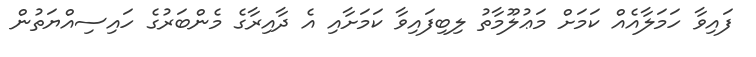
ފައިވާ ހަމަލާއެއް ކަމަށް މަޢުލޫމާތު ލިބިފައިވާ ކަމަށާއި އެ ދާއިރާގެ މެންބަރުގެ ހައިސިއްޔަތުން